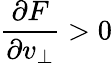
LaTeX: \frac{\partial F}{\partial v_{\perp}}>0